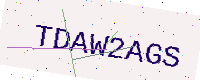
Text: TDAW2AGS